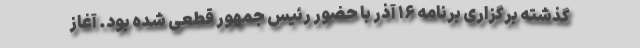
گذشته برگزاری برنامه ۱۶ آذر با حضور رئیس جمهور قطعی شده بود. آغاز